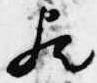
歟